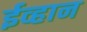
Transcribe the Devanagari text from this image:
ईव्हान